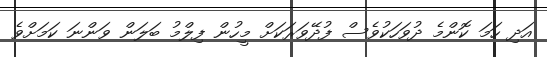
އަދި ހަމަ ކޮންމެ ދުވަހަކުވެސް ފުދޭވަރަކަށް މީހުން ފިލްމު ބަލަން ވަންނަ ކަމަށްވެ